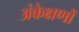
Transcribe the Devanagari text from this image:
अंकेक्षणों